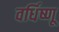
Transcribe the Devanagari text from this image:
वर्धिष्णू